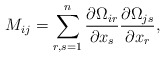
\begin{align*} M_{ij}=\sum_{r,s=1}^{n}\frac{\partial \Omega_{ir}}{ \partial x_s} \frac{\partial \Omega_{js}}{\partial x_r}, \end{align*}